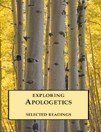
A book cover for Exploring Apologetics - Selected Readings; Rebecca Manley Pippert; Teen & Young Adult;